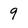
Character: 9